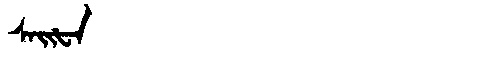
Manchu: ᠰᠠᡳᡶᠠ
Romanization: SAIFA